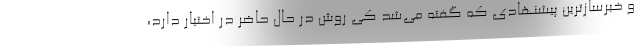
و خبرسازترین پیشنهادی که گفته می‌شد کی روش در حال حاضر در اختیار دارد،